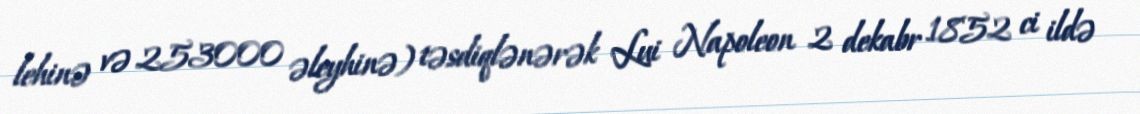
lehinə və 253000 əleyhinə) təsdiqlənərək Lui Napoleon 2 dekabr 1852 ci ildə